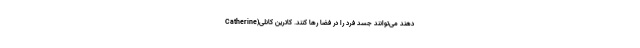
دهند می‌توانند جسد فرد را در فضا رها کنند. کاترین کانلی(Catherine